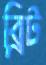
ব্রিট